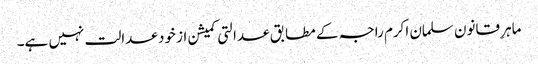
ماہرِ قانون سلمان اکرم راجہ کے مطابق عدالتی کمیشن از خود عدالت نہیں ہے۔